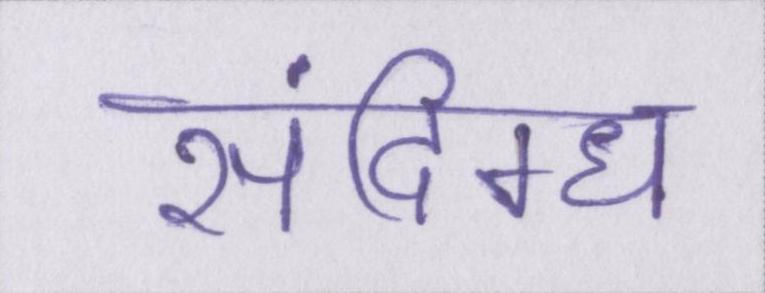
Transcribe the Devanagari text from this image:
संदिग्ध